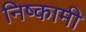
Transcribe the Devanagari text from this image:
निष्कामी